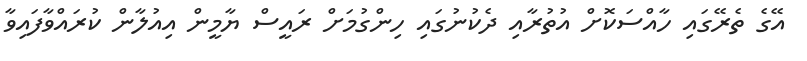
އޭގެ ތެރޭގައި ހާއްސަކޮށް އުތުރާއި ދެކުނުގައި ހިންގުމަށް ރައީސް ޔާމީން އިއުލާން ކުރައްވާފައިވާ